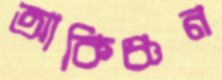
আকিঞ্চন